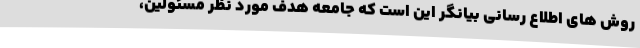
روش های اطلاع رسانی بیانگر این است که جامعه هدف مورد نظر مسئولین،